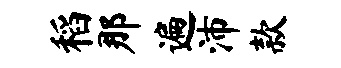
稻那遍沛款